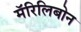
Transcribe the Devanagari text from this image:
मॅरिलिबोन